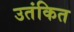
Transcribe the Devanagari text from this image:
उतंकित